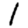
Digit: 1